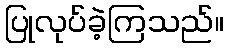
ပြုလုပ်ခဲ့ကြသည်။